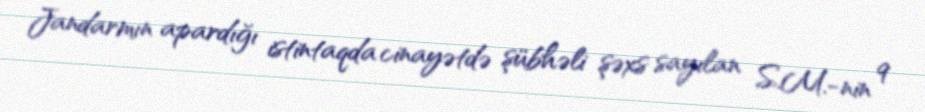
Jandarmın apardığı istintaqda cinayətdə şübhəli şəxs sayılan S.M.-nin 9